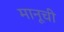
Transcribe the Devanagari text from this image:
मानूची